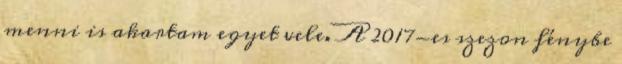
menni is akartam egyet vele. A 2017-es szezon fénybe